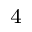
^ 4